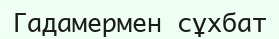
Гадамермен сұхбат